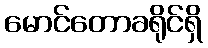
မောင်တောခရိုင်ရှိ